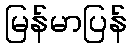
မြန်မာပြန်